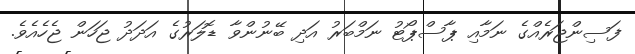
ފަސިންޖަރެއްގެ ނަމާއި ޕާސްޕޯޓު ނަމްބަރު އަދި ބޭނުންވާ ޑޮލަރުގެ އަދަދު ޖަހަން ޖެހެއެވެ.